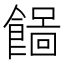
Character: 𩞓